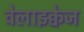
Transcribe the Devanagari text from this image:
वेलाझ्क्वेज